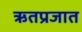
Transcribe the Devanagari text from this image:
ऋतप्रजात